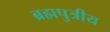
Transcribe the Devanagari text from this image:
ब्रह्मपुत्रीय